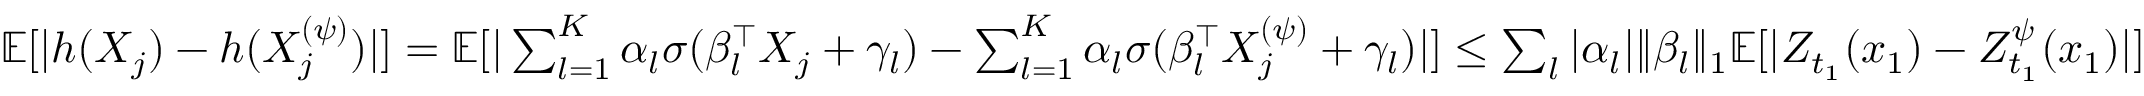
\begin{array} { r } { \mathbb { E } [ | h ( X _ { j } ) - h ( X _ { j } ^ { ( \psi ) } ) | ] = \mathbb { E } [ | \sum _ { l = 1 } ^ { K } \alpha _ { l } \sigma ( \beta _ { l } ^ { \top } X _ { j } + \gamma _ { l } ) - \sum _ { l = 1 } ^ { K } \alpha _ { l } \sigma ( \beta _ { l } ^ { \top } X _ { j } ^ { ( \psi ) } + \gamma _ { l } ) | ] \leq \sum _ { l } | \alpha _ { l } | \| \beta _ { l } \| _ { 1 } \mathbb { E } [ | Z _ { t _ { 1 } } ( x _ { 1 } ) - Z _ { t _ { 1 } } ^ { \psi } ( x _ { 1 } ) | ] } \end{array}